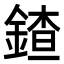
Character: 𨩨